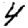
Digit: 4